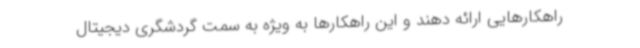
راهکارهایی ارائه دهند و این راهکارها به ویژه به سمت گردشگری دیجیتال